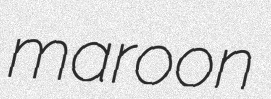
maroon